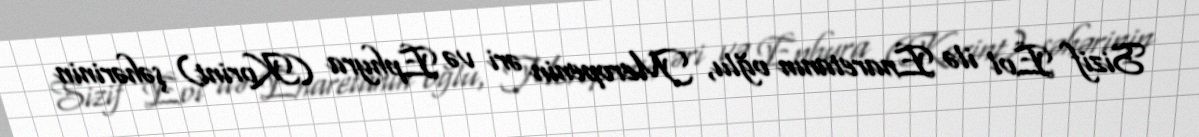
Sizif Eol ilə Enaretanın oğlu, Meropenin əri və Ephyra (Korint) şəhərinin